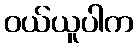
ဝယ်ယူပါက